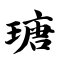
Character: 瑭